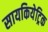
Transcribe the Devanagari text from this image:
सायकियेट्रिक